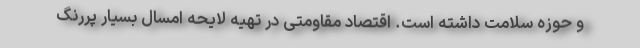
و حوزه سلامت داشته است. اقتصاد مقاومتی در تهیه لایحه امسال بسیار پررنگ